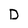
Character: D